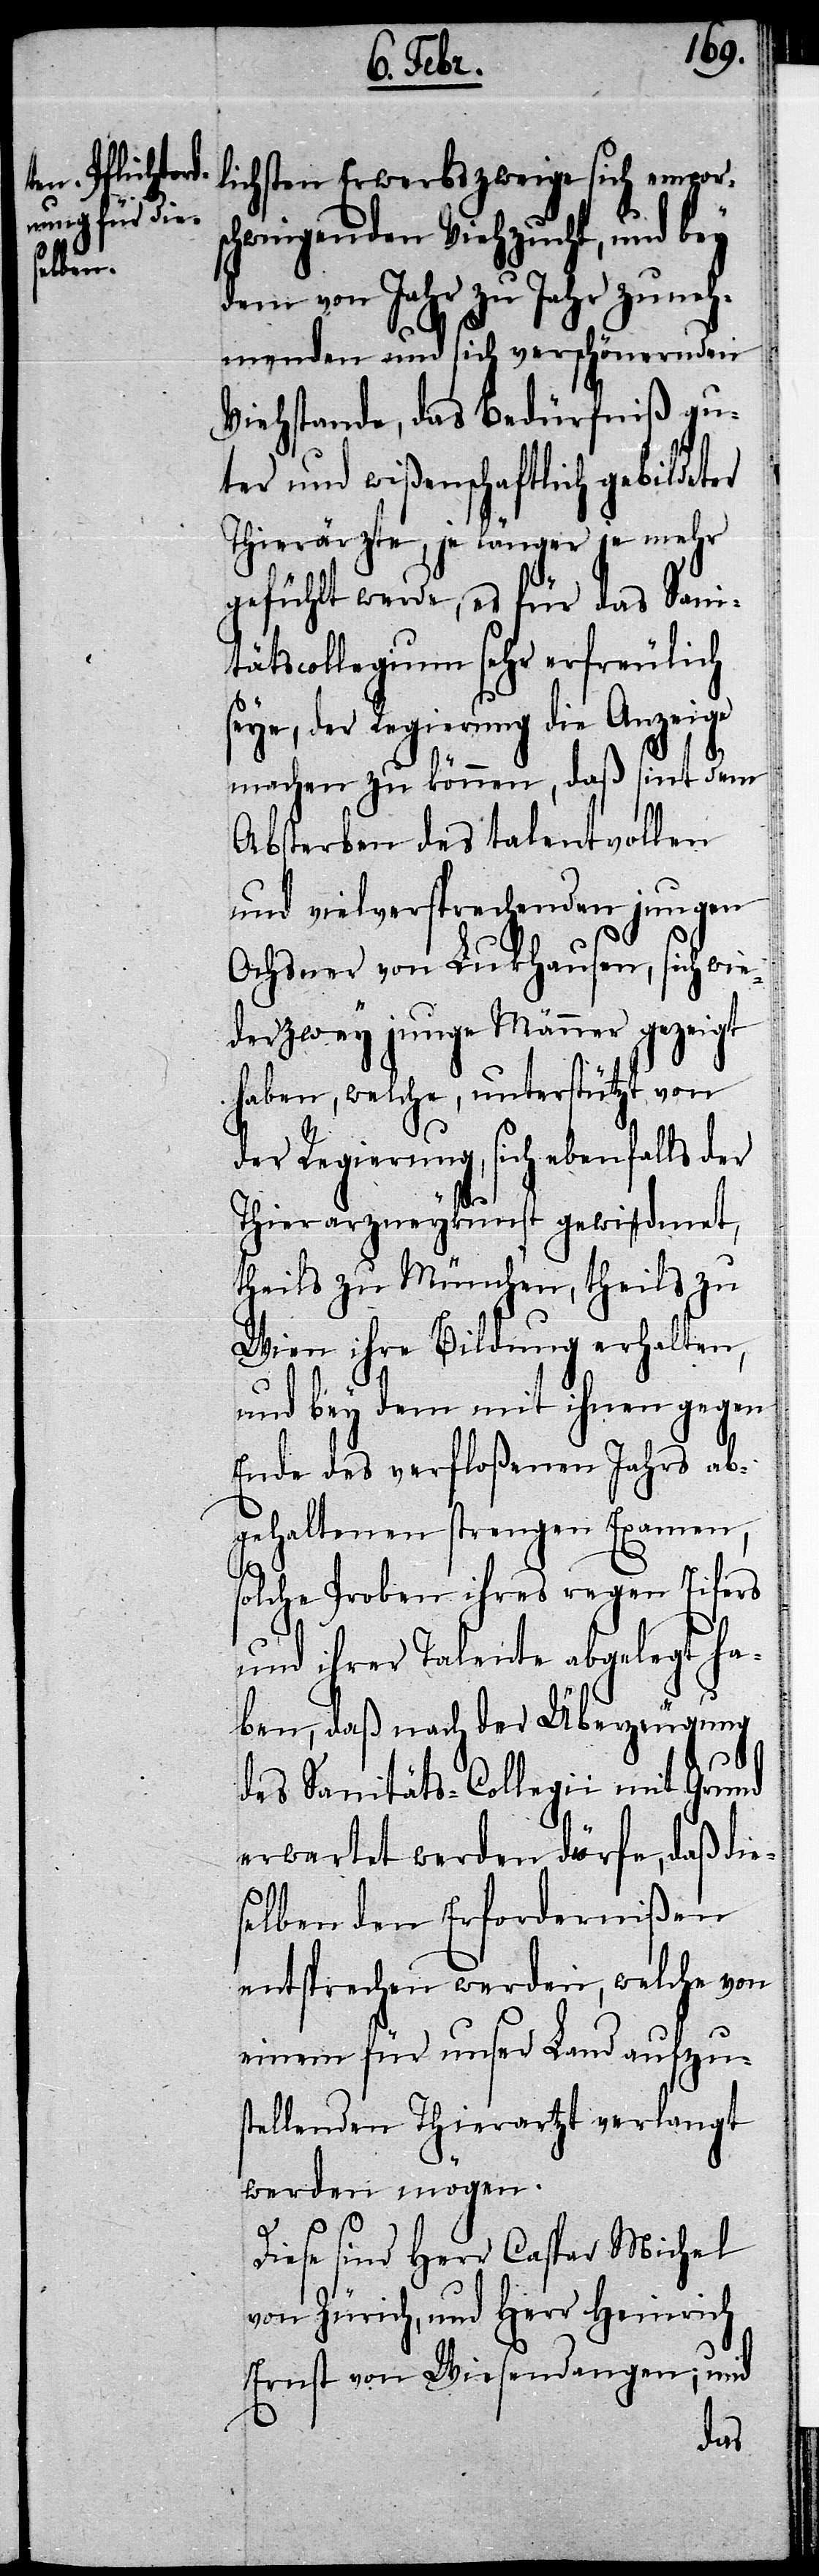
lichsten Erwerbszweige sich emporsc¬
hwingenden Viehzucht, und bey
dem von Jahr zu Jahr zuneh¬
menden und sich verschönernden
Viehstande, das Bedürfniß gu¬
ter und wißenschaftlich gebildeter
Thierärzte, je länger je mehr
gefühlt werde, es für das Sani¬
tätscollegium sehr erfreulich
seye, der Regierung die Anzeige
machen zu können, daß sint dem
Absterben des talentvollen
und vielversprechenden jungen
Ochsner von Lukhausen, sich wie¬
der zwey junge Männer gezeigt
haben, welche, unterstützt von
der Regierung, sich ebenfalls der
Thierarzneykunst gewidmet,
theils zu München, theils zu
Wien ihre Bildung erhalten,
und bey dem mit ihnen gegen
Ende des verfloßenen Jahrs ab¬
gehaltenen strengen Examen,
solche Proben ihres regen Eifers
und ihrer Talente abgelegt ha¬
ben, daß nach der Überzeugung
des Sanitäts-Collegii mit Grund
erwartet werden dürfe, daß die¬
selben den Erfordernißen
entsprechen werden, welche von
einem für unser Land aufzu¬
stellenden Thierartzt verlangt
werden mögen.
Diese sind Herr Caspar Michel
von Zürich, und Herr Heinrich
Ernst von Wiesendangen; und